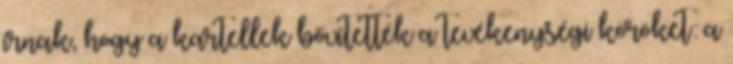
írnak, hogy a kartellek bővítették a tevékenységi köröket: a